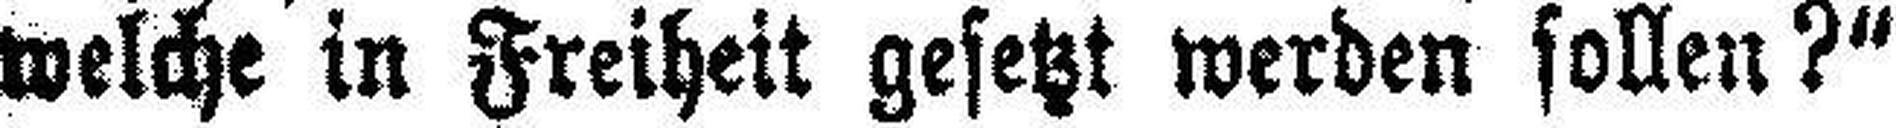
welche in Freiheit gesetzt werden sollen?“